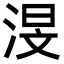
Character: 渂